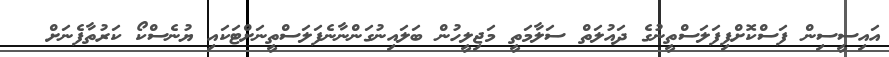
އައިސީސިން ފަސްކޮށްފިފަލަސްތީނުގެ ދައުލަތް ސަލާމަތީ މަޖިލީހުން ބަލައިނުގަންނާނެފަލަސްތީނަށްޓަކައި ޔުނެސްކޯ ކަރުތާފެނަށް